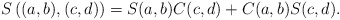
\begin{align*}S\left((a,b),(c,d)\right)=S(a,b) C(c,d)+C(a,b) S(c,d).\end{align*}